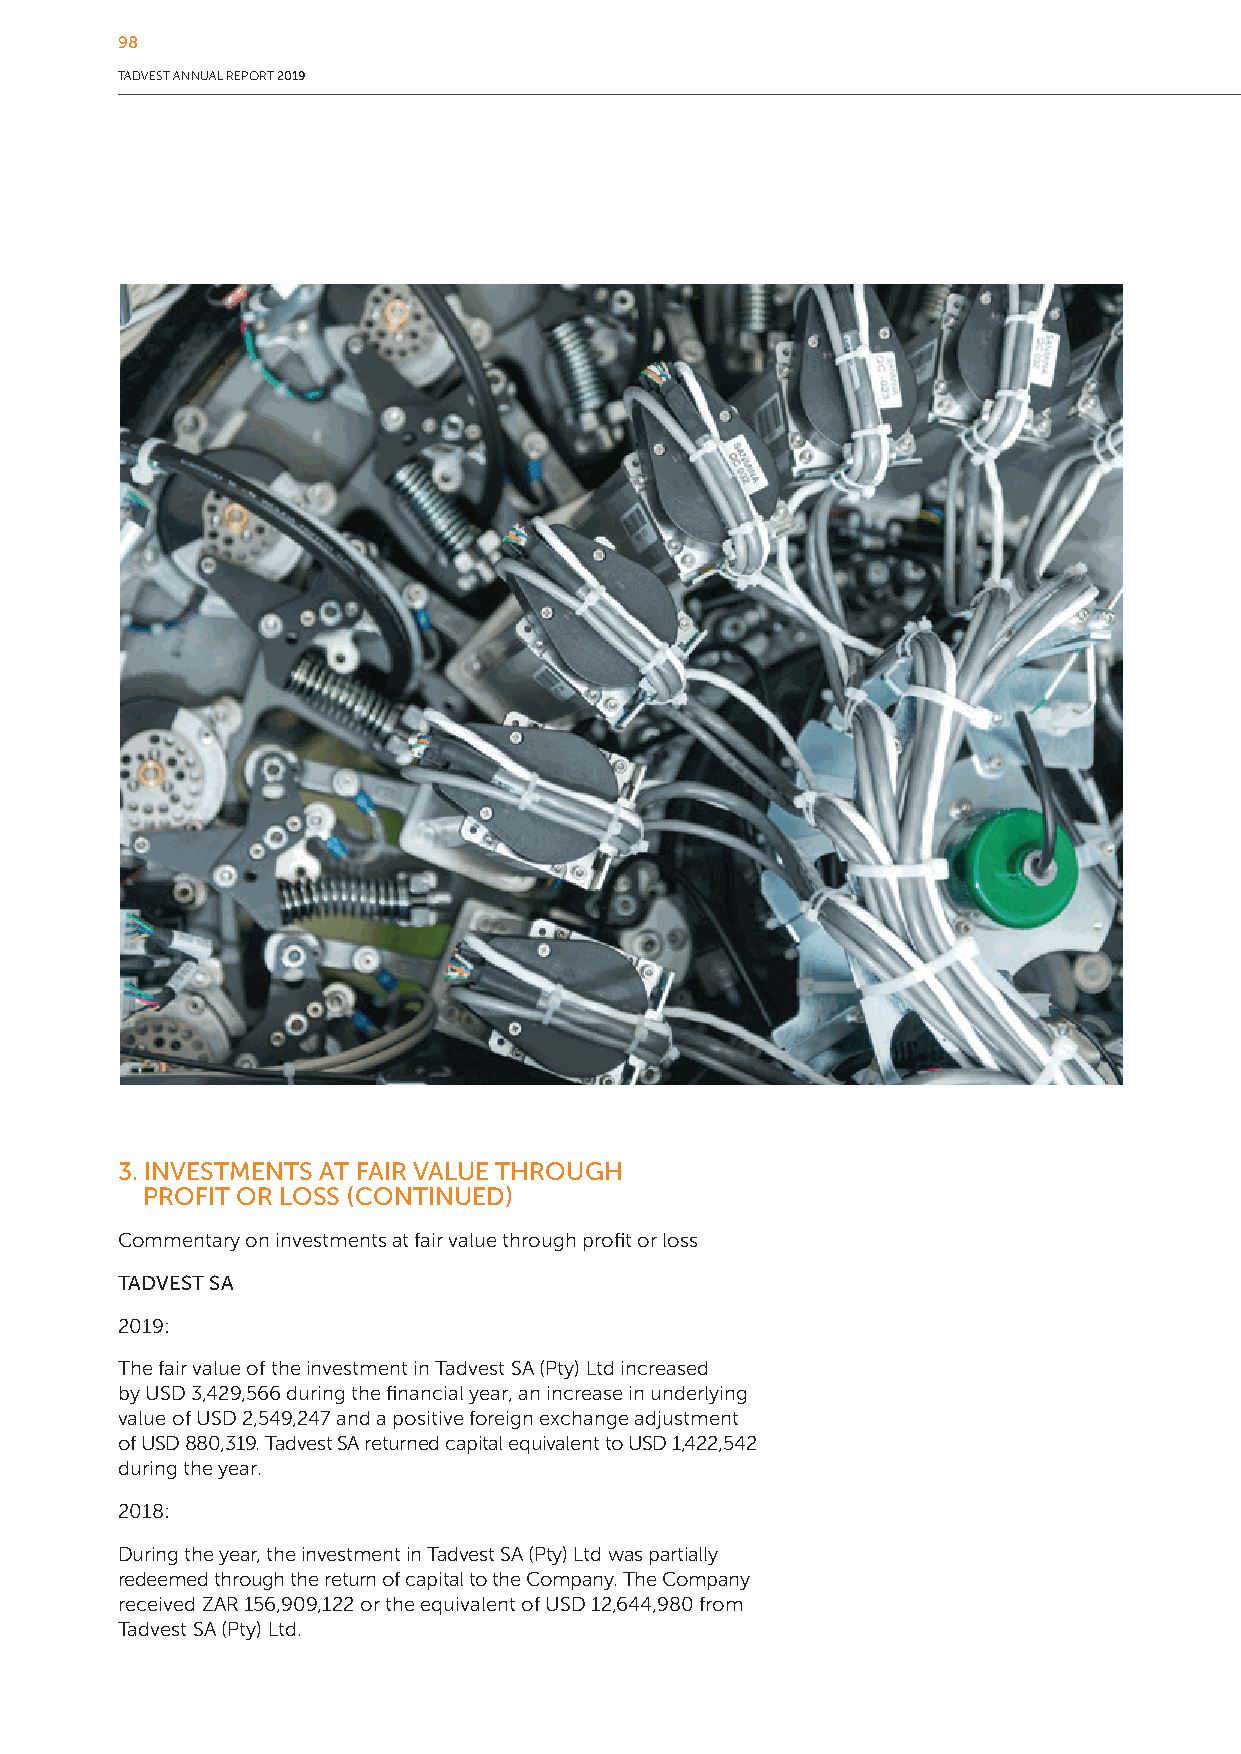
98
 TADVEST ANNUAL REPORT 2019
 3. INVESTMENTS AT FAIR VALUE THROUGH
 PROFIT OR LOSS (CONTINUED)
 Commentary on investments at fair value through profit or loss
 TADVEST SA
 2019:
 The fair value of the investment in Tadvest SA (Pty) Ltd increased
 by USD 3,429,566 during the financial year, an increase in underlying
 value of USD 2,549,247 and a positive foreign exchange adjustment
 of USD 880,319. Tadvest SA returned capital equivalent to USD 1,422,542
 during the year.
 2018:
 During the year, the investment in Tadvest SA (Pty) Ltd was partially
 redeemed through the return of capital to the Company. The Company
 received ZAR 156,909,122 or the equivalent of USD 12,644,980 from
 Tadvest SA (Pty) Ltd.